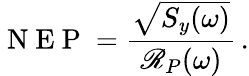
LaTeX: \mathrm{~N~E~P~}=\frac{\sqrt{S_{y}(\omega)}}{\mathscr{R}_{P}(\omega)}\, .